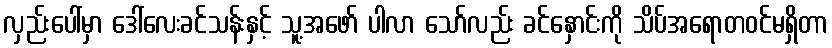
လှည်းပေါ်မှာ ဒေါ်လေးခင်သန်းနှင့် သူ့အဖော် ပါလာ သော်လည်း ခင်နှောင်းကို သိပ်အရောတဝင်မရှိတာ